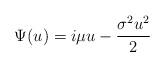
LaTeX: \begin{align*}\Psi(u) =i \mu u - \frac{ \sigma^2 u^2}{2}\end{align*}